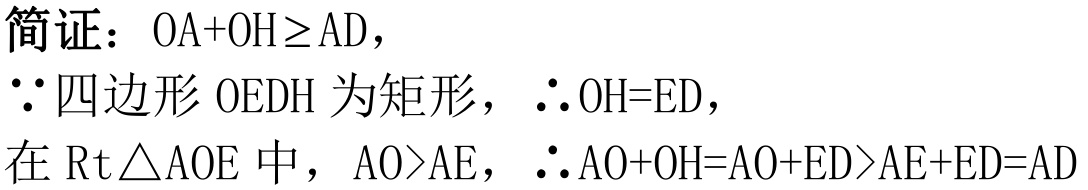
简证：$OA + OH\geq AD$，
$\because$四边形$OEDH$为矩形，$\therefore OH = ED$，
在$\text{Rt}\triangle AOE$中，$AO>AE$，$\therefore AO + OH=AO + ED>AE + ED = AD$